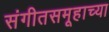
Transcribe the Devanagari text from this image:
संगीतसमूहाच्या